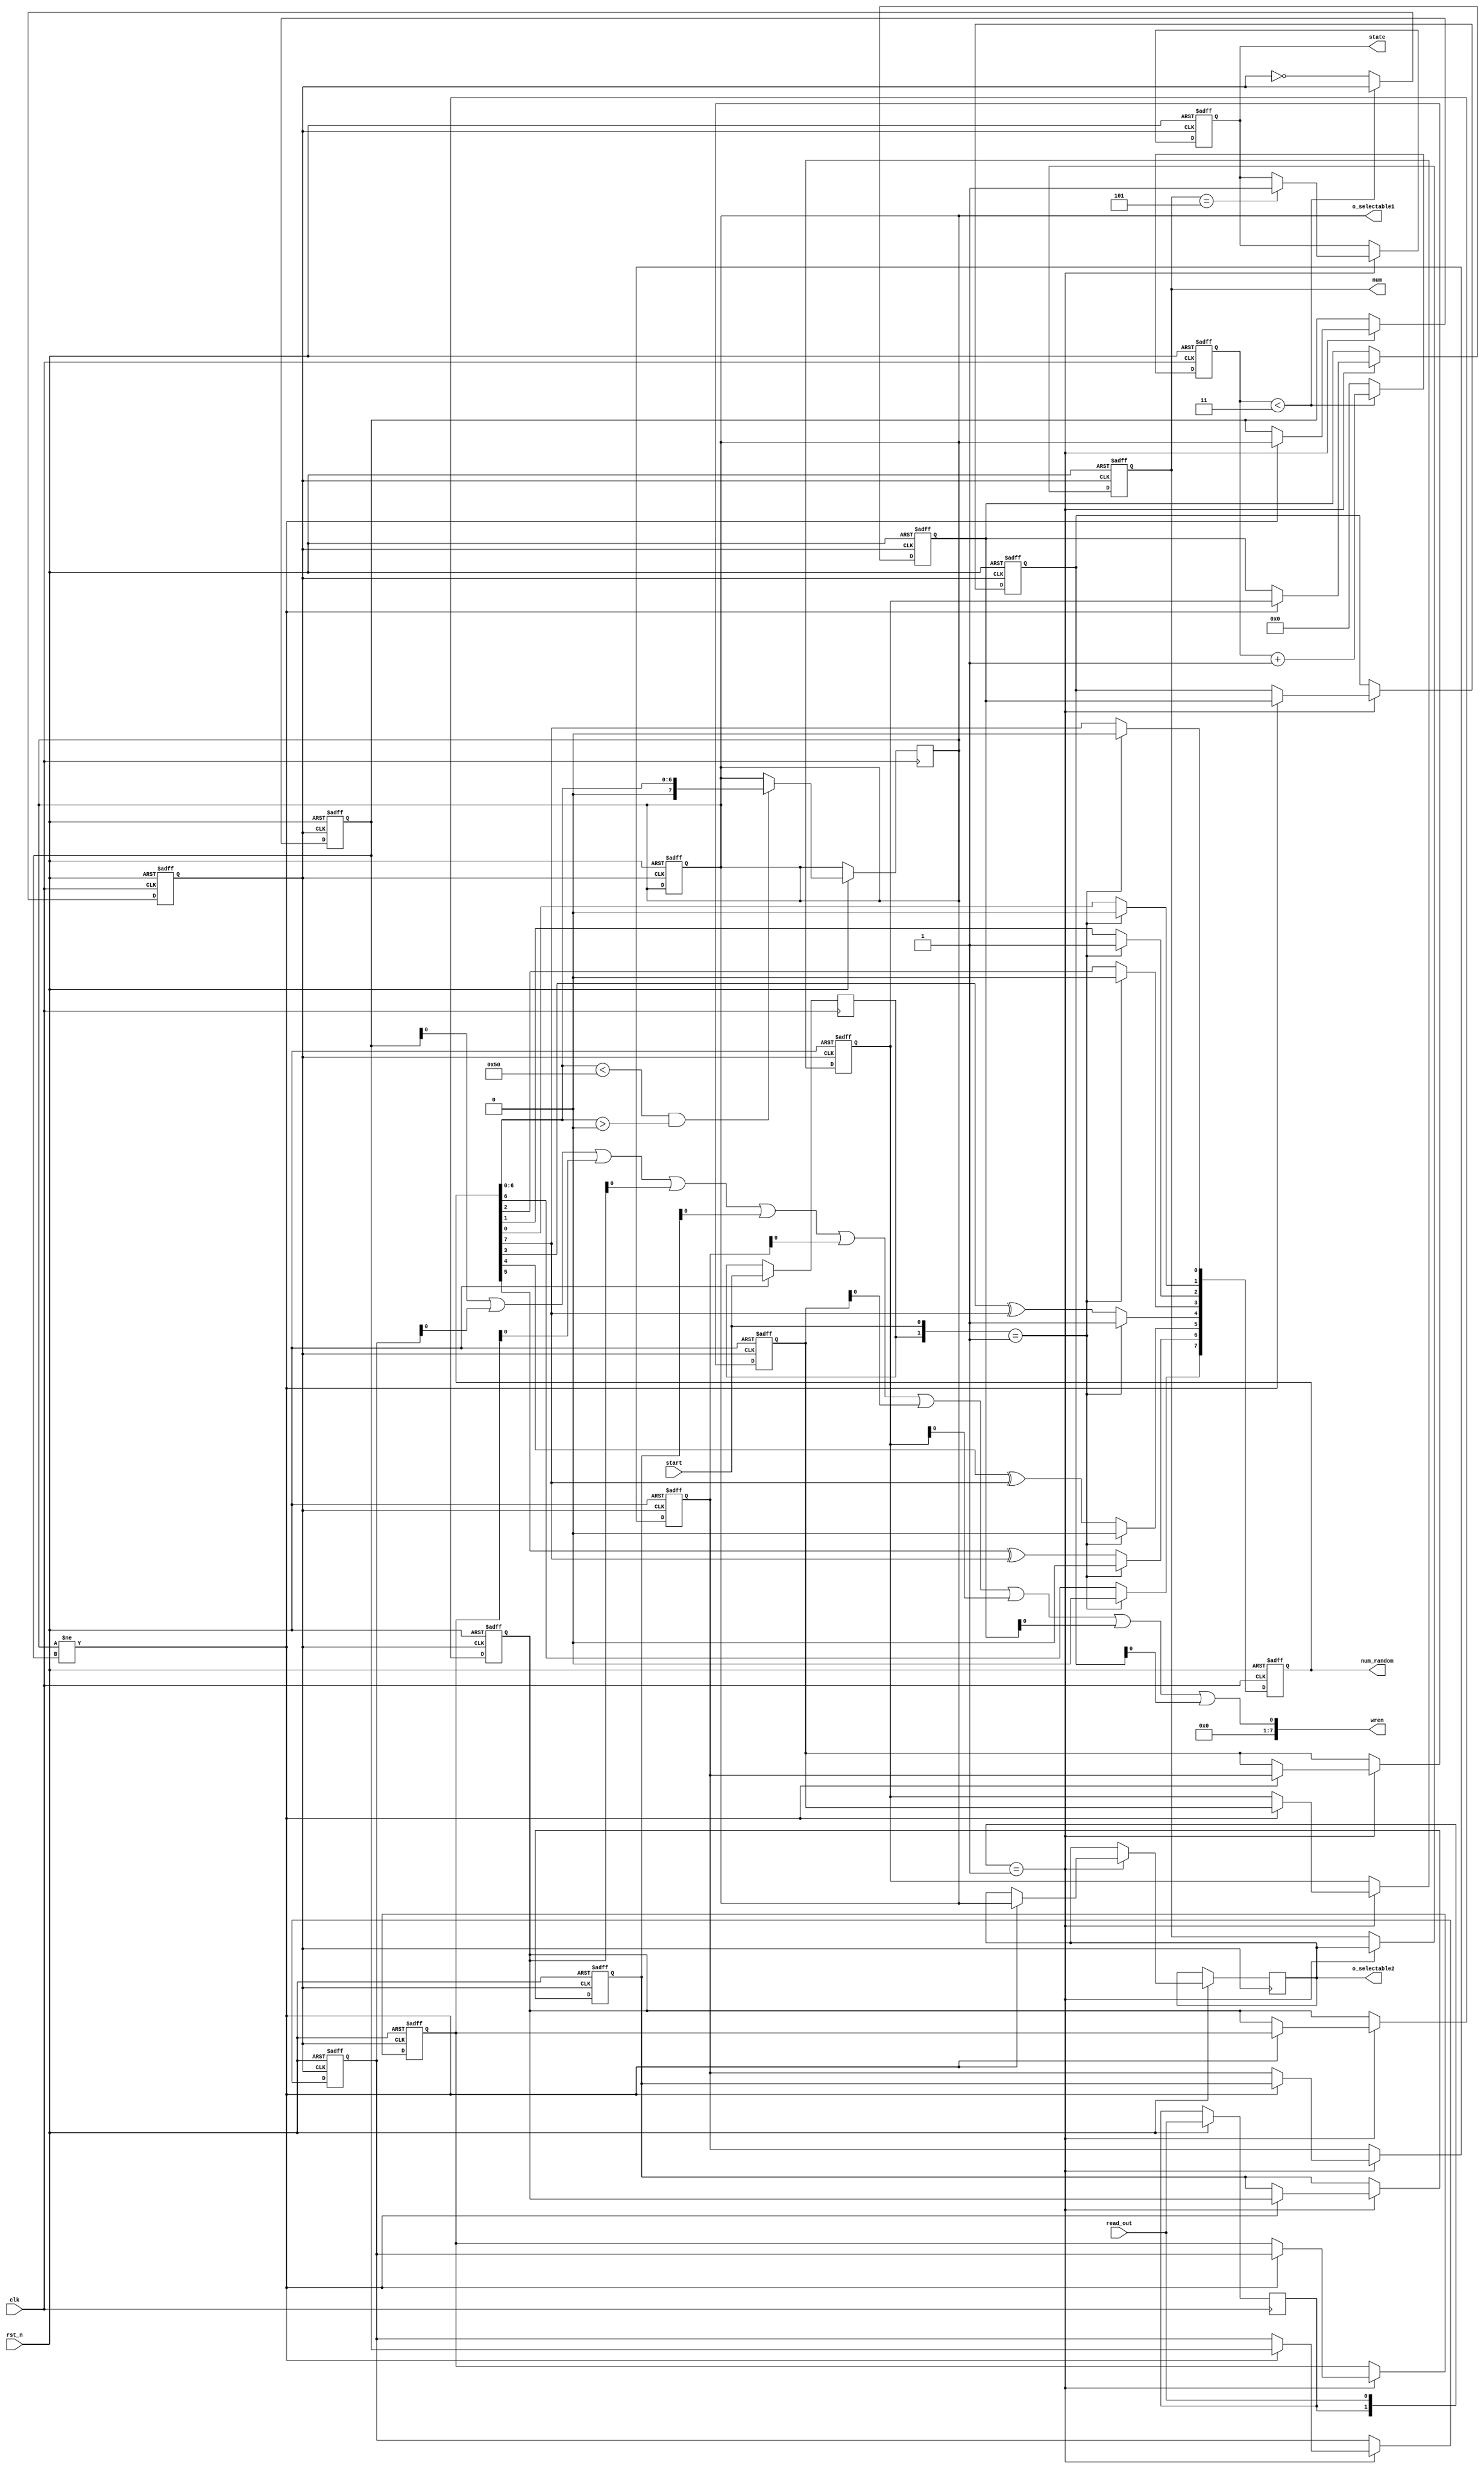
module cc_400(
clk,
rst_n,
num_random,//test port
num,//num out
start,
read_out,
state,
o_selectable1,
o_selectable2,
wren
);
input clk;
input rst_n;

input read_out;
input start;
output [7:0]num;
output [7:0] o_selectable1,o_selectable2;


output [7:0]num_random;
/*
output [6:0]wr_addr,rd_addr;
*/
reg [7:0]rand_num;
reg [10:0]CLK_DIV;
reg [7:0]r_select,r_selectable1,r_selectable2;
reg [6:0]wr_cnt,rd_cnt,gen_cnt;
reg pre_read_out,pre_start,wr,CTRL_CLK;
reg [7:0]r1,r2,r3,r4,r5,r6,r7,r8,r9,r10;
reg [7:0]r11,r12,r13,r14,r15,r16,r17,r18,r19,r20;
reg [7:0]r21,r22,r23,r24,r25,r26,r27,r28,r29,r30;
reg [7:0]r31,r32,r33,r34,r35,r36,r37,r38,r39,r40;

assign rr1=r1|r2|r3|r4|r5|r6|r7|r8|r9|r10;
assign rr2=r11|r12|r13|r14|r15|r16|r17|r18|r19|r20;
assign rr3=r21|r22|r23|r24|r25|r26|r27|r28|r29|r30;
assign rr4=r31|r32|r33|r34|r35|r36|r37|r38|r39|r40;


output[7:0] wren;
assign wren=rr1;
output reg state;
assign num=r_select; /*send to the ram and restored*/
assign num_random=rand_num;
assign o_selectable1=r_selectable1;

assign o_selectable2=r_selectable2;

//wire [6:0]wr_addr,rd_addr;
assign  wr_addr=wr_cnt;

wire[7:0] read_ram;


always@(posedge clk or negedge rst_n)
begin
    if(!rst_n)
    begin
        rand_num    <=8'b0;
//		rd_addr<=0;
	//	r_selectable2<=0;

    end
    else
	begin
          pre_start<=start;	
          pre_read_out<=read_out;
    //      rd_addr<=rd_addr+1;
			if(rand_num[6:0]<80&rand_num[6:0]>0) r_selectable1<={1'b0,rand_num[6:0]};
			
          if({pre_start,start}==2'b01) /*when the rising edge of start comes*/
          begin
            rand_num <=20;    /*load the initial value when start is active*/

          end
          
              
		
		else

			  begin                /*generate the random number*/
				rand_num[0] <= rand_num[7];
				rand_num[1] <= rand_num[0];
				rand_num[2] <= rand_num[1];
				rand_num[3] <= rand_num[2];
				rand_num[4] <= rand_num[3]^rand_num[7];
				rand_num[5] <= rand_num[4]^rand_num[7];
				rand_num[6] <= rand_num[5]^rand_num[7];
				rand_num[7] <= rand_num[6];
				
			
				
			  end
	end
end


assign CLOCK=clk;
assign RESET=rst_n;

//to generate clock div
always@(posedge CLOCK or negedge RESET)
begin
	if(!RESET)
	begin
		CTRL_CLK	<=	0;
		CLK_DIV	<=	0;
		
	end
	else
	begin

		if( CLK_DIV	< (3)) //50*2=100 clock div
		CLK_DIV	<=	CLK_DIV+1;
		else
		begin
			CLK_DIV	<=	0;
			CTRL_CLK	<=	~CTRL_CLK;
		end
	end
end



always@(posedge CTRL_CLK or negedge rst_n)
begin
    if(!rst_n)
		begin
			state<=0;	
			wr_cnt    	<=0;
			rd_cnt		<=0;
			r_select	<=0;
			r_selectable1<=0;
			wr<=0;
		{r1,r2,r3,r4,r5,r6,r7,r8,r9,r10}<=0;
		{r11,r12,r13,r14,r15,r16,r17,r18,r19,r20}<=0;
		{r21,r22,r23,r24,r25,r26,r27,r28,r29,r30}<=0;
		{r31,r32,r33,r34,r35,r36,r37,r38,r39,r40}<=0;
		end
    else
    begin 
    

			
			
		if({pre_read_out,read_out}==2'b01) /*when the rising edge of readout comes*/
			begin

				r_select<=	r_selectable2;
				wr_cnt<=wr_cnt+1;
				
		if(r_select==5)state<=1;	
				
		if(r_selectable1!=r1
		/*	&&(r_selectable1!==r4)&&(r_selectable1!==r5)&&(r_selectable1!==r6)
			&&(r_selectable1!==r7)&&(r_selectable1!==r8)&&(r_selectable1!==r9)
			&&(r_selectable1!==r10)&&(r_selectable1!==r11)&&(r_selectable1!==r12)
			&&(r_selectable1!==r13)&&(r_selectable1!==r14)&&(r_selectable1!==r15)*/
			)
				begin
					r_selectable2<=r_selectable1;

					r40<=r39;
					r39<=r38;
					r38<=r37;
					r37<=r36;
					r36<=r35;
					r35<=r34;
					r34<=r33;
					r33<=r32;
					r32<=r31;
					r31<=r30;
					
					r30<=r29;
					r29<=r28;
					r28<=r27;
					r27<=r26;
					r26<=r25;
					r25<=r24;
					r24<=r23;
					r23<=r22;
					r22<=r21;
					r21<=r20;
					
					r20<=r19;
					r19<=r18;
					r18<=r17;
					r17<=r16;
					r16<=r15;
					r15<=r14;
					r14<=r13;
					r13<=r12;
					r12<=r11;
					r11<=r10;
					
					r10<=r9;
					r9<=r8;
					r8<=r7;
					r7<=r6;
					r6<=r5;
					r5<=r4;
					r4<=r3;
					r3<=r2;
					r2<=r1;
					r1<=r_selectable1;
				end
		
			end
    end
    
 end
   
			

/*lock-down in 2 regs when matching the requirement, one for 1-59,another for 16-31*/



endmodule